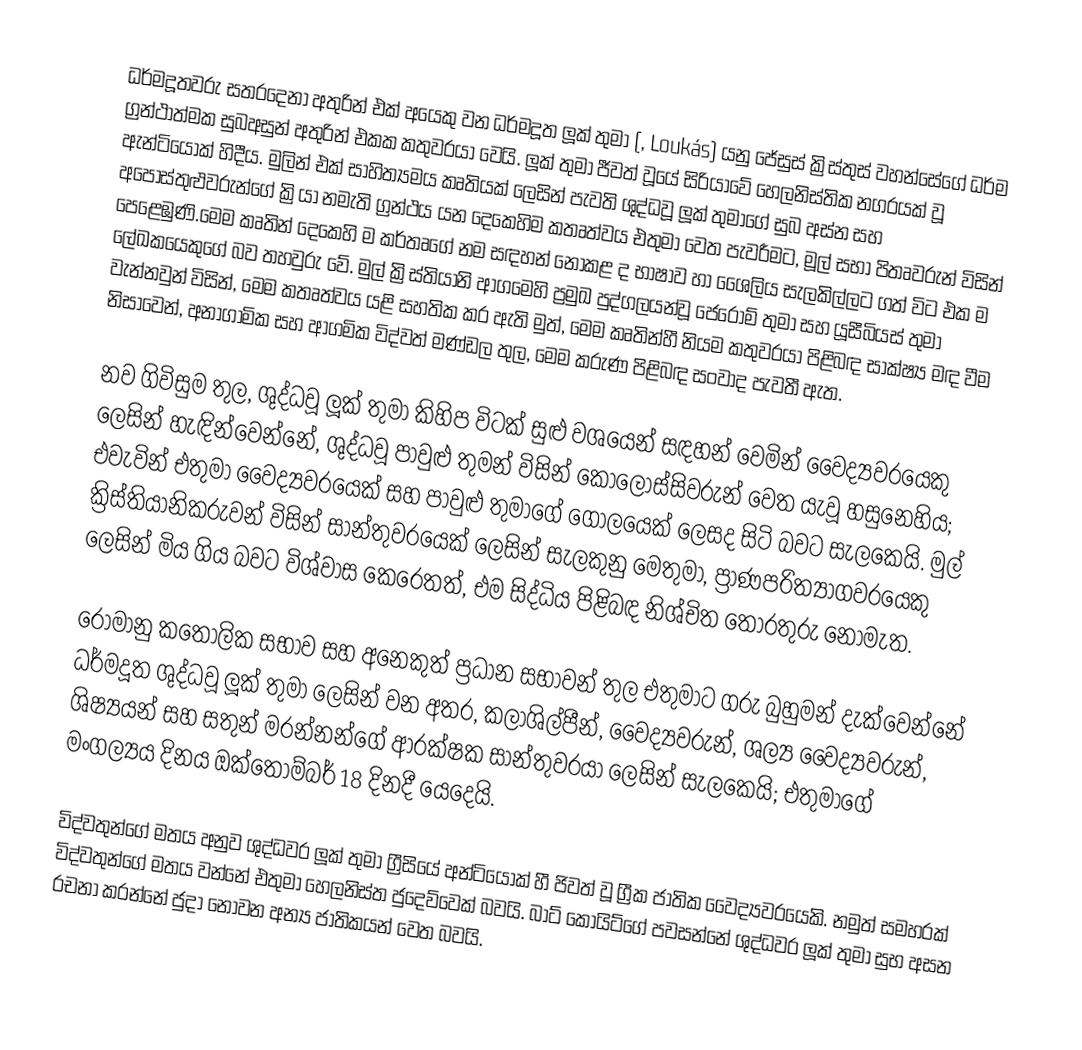
ධර්මදූතවරු සතරදෙනා අතුරින් එක් අයෙකු වන ධර්මදූත ලූක් තුමා (, Loukás) යනු ජේසුස් ක්‍රිස්තුස් වහන්සේගේ ධර්ම ග්‍රන්ථාත්මක සුබඅසුන් අතුරින් එකක කතුවරයා වෙයි. ලූක් තුමා ජීවත් වූයේ සිරියාවේ හෙලනිස්තික නගරයක් වූ  ඇන්ටියොක් හිදීය. මුලින් එක් සාහිත්‍යමය කෘතියක් ලෙසින් පැවති ශුද්ධවූ ලූක් තුමාගේ සුබ අස්න සහ  අපොස්තුළුවරුන්ගේ ක්‍රියා නමැති ග්‍රන්ථය යන දෙකෙහිම කතෘත්වය එතුමා වෙත පැවරීමට, මූල් සභා පිතෘවරුන් විසින් පෙළෙඹුණි.මෙම කෘතින් දෙකෙහි ම කර්තෘගේ නම සඳහන් නොකළ ද භාෂාව හා ශෛලිය සැලකිල්ලට ගත් විට එක ම ලේඛකයෙකුගේ බව තහවුරු වේ.  මුල් ක්‍රිස්තියානි ආගමෙහි ප්‍රමුඛ පුද්ගලයන්වූ ජෙරෝම් තුමා සහ යූසීබියස් තුමා වැන්නවුන් විසින්, මෙම කතෘත්වය යළි සහතික කර ඇති මුත්, මෙම කෘතින්හී නියම කතුවරයා පිළිබඳ සාක්ෂ්‍ය මඳ වීම නිසාවෙන්, අනාගාමික සහ ආගමික විද්වත් මණ්ඩල තුල, මෙම කරුණ පිළිබඳ සංවාද පැවතී ඇත.

නව ගිවිසුම තුල, ශුද්ධවූ ලූක් තුමා කිහිප විටක් සුළු වශයෙන් සඳහන් වෙමින් වෛද්‍යවරයෙකු ලෙසින් හැඳින්වෙන්නේ, ශුද්ධවූ පාවුළු තුමන් විසින් කොලොස්සිවරුන් වෙත යැවූ හසුනෙහිය; එවැවින් එතුමා වෛද්‍යවරයෙක් සහ  පාවුළු තුමාගේ ගෝලයෙක් ලෙසද සිටි බවට සැලකෙයි. මුල් ක්‍රිස්තියානිකරුවන් විසින් සාන්තුවරයෙක් ලෙසින් සැලකුනු මෙතුමා, ප්‍රාණපරිත්‍යාගවරයෙකු ලෙසින් මිය ගිය බවට විශ්වාස කෙරෙතත්, එම සිද්ධිය පිළිබඳ නිශ්චිත තොරතුරු නොමැත.

රෝමානු කතෝලික සභාව සහ අනෙකුත් ප්‍රධාන සභාවන් තුල එතුමාට ගරු බුහුමන් දැක්වෙන්නේ ධර්මදූත ශුද්ධවූ ලූක් තුමා ලෙසින් වන අතර, කලාශිල්පීන්, වෛද්‍යවරුන්,  ශල්‍ය වෛද්‍යවරුන්, ශිෂ්‍යයන් සහ  සතුන් මරන්නන්ගේ ආරක්ෂක සාන්තුවරයා ලෙසින් සැලකෙයි; එතුමාගේ  මංගල්‍යය දිනය ඔක්තොම්බර් 18 දිනදී යෙදෙයි.

විද්වතුන්ගේ මතය අනුව ශුද්ධවර ලූක් තුමා ග්‍රීසියේ අන්ටියෝක් හී ජිවත් වූ ග්‍රීක ජාතික වෛද්‍යවරයෙකි. නමුත් සමහරක් විද්වතුන්ගේ මතය වන්නේ එතුමා හෙලනිස්ත ජුදෙව්වෙක් බවයි. බාට් කොයිට්ගේ පවසන්නේ ශුද්ධවර ලූක් තුමා සුභ අසන රචනා කරන්නේ ජුදා නොවන අන්‍ය ජාතිකයන් වෙත බවයි.